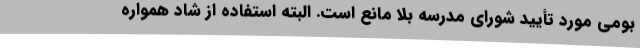
بومی مورد تأیید شورای مدرسه بلا مانع است. البته استفاده از شاد همواره